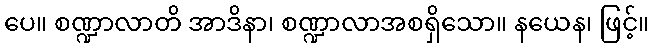
ပေ။ စဏ္ဍာလာတိ အာဒိနာ၊ စဏ္ဍာလာအစရှိသော။ နယေန၊ ဖြင့်။